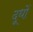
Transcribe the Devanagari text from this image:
दूधों